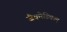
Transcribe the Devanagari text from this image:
जैवमेडिकल